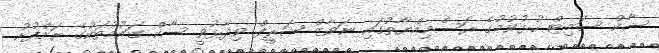
ސާކް ސަމިޓް ހުޅުވުމުގެ ރަސްމިއްޔާތުގައި ނަވާޒް ޝަރީފް ވިދާޅުވީ ސާކް ގައުުމުތަކުގެ ރަށްފުށު